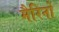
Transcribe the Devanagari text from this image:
मैरिनों